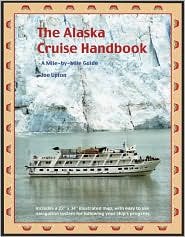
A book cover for The Alaska Cruise Handbook Pap/Map edition; Joe Upton; Travel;